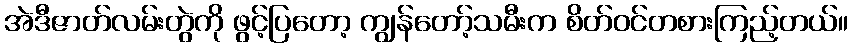
အဲဒီဇာတ်လမ်းတွဲကို ဖွင့်ပြတော့ ကျွန်တော့်သမီးက စိတ်ဝင်တစားကြည့်တယ်။